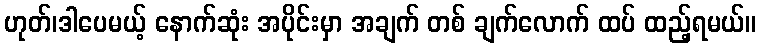
ဟုတ်၊ဒါပေမယ့် နောက်ဆုံး အပိုင်းမှာ အချက် တစ် ချက်လောက် ထပ် ထည့်ရမယ်။